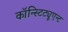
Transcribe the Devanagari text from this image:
कॉन्स्टिट्यूएन्ट